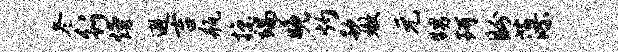
冬行熳避吉瓶掠端晚灼款嫩元甥珂盼藻